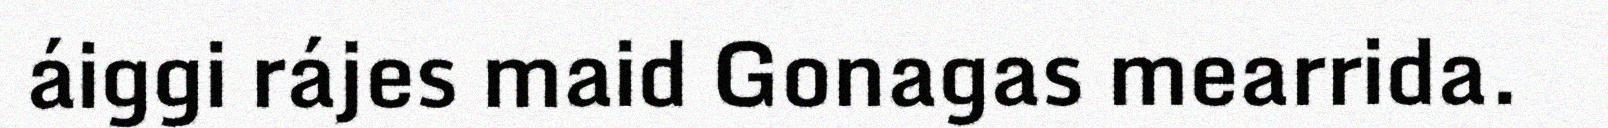
áiggi rájes maid Gonagas mearrida.